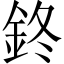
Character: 鉖